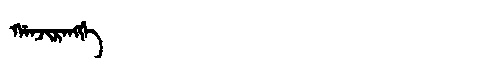
Manchu: ᡤᠠᠨᠵᡳᡵᠠᠩᡤᡝ
Romanization: GANJIRANGGE